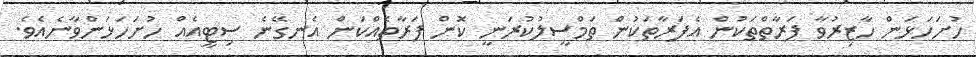
ހުށަހަޅަން ހާޒިރުވާ ފަރާތްތަކުން އެފަރާތަކުން ތަމްސީލުކުރަނީ ކޮން ފަރާތެއްކަން އެނގޭނެ ސިޓީއެއް ހުށަހަޅަންވާނެއެވެ.